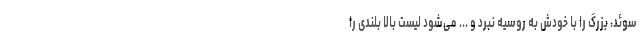
سوئد، بزرگ را با خودش به روسیه نبرد و ... می‌شود لیست بالا بلندی را